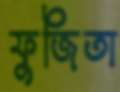
ফুজিতা